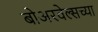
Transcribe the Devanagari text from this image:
बोअरवेल्सच्या